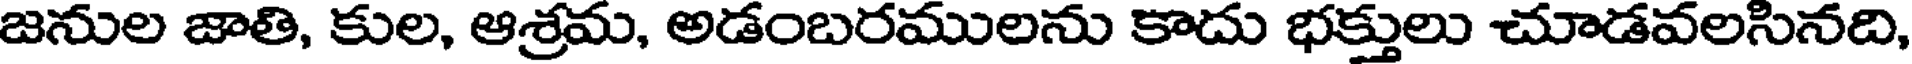
జనుల జాతి, కుల, ఆశ్రమ, అడంబరములను కాదు భక్తులు చూడవలసినది,